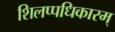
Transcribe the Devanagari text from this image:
शिलप्पधिकारम्‌